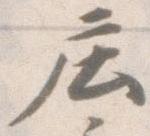
庄